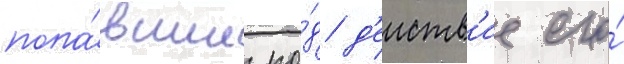
попа́вшие по́д д'еиств'ие его́